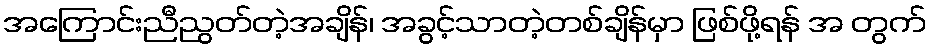
အကြောင်းညီညွတ်တဲ့အချိန်၊ အခွင့်သာတဲ့တစ်ချိန်မှာ ဖြစ်ဖို့ရန် အ တွက်